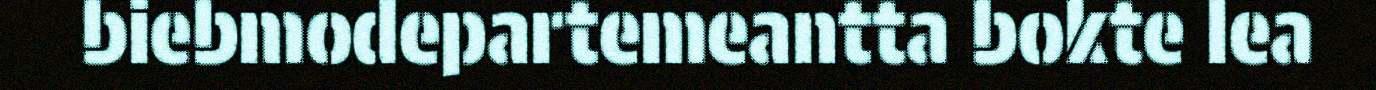
biebmodepartemeantta bokte lea